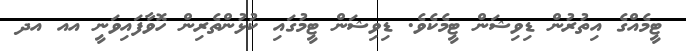
ޓީމެއްގެ އިތުރުން ޑިވިޝަން ޓީމެކެވެ. ޑިވިޝަންް ޓީމުގައި ކުޅުންތެރިން ހޮވާފަައިވަނީ އއ އދ